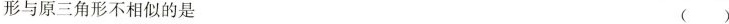
形与原三角形不相似的是( )